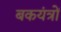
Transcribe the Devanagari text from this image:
बकयंत्रों